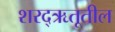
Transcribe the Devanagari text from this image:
शरद्‌ऋतूतील